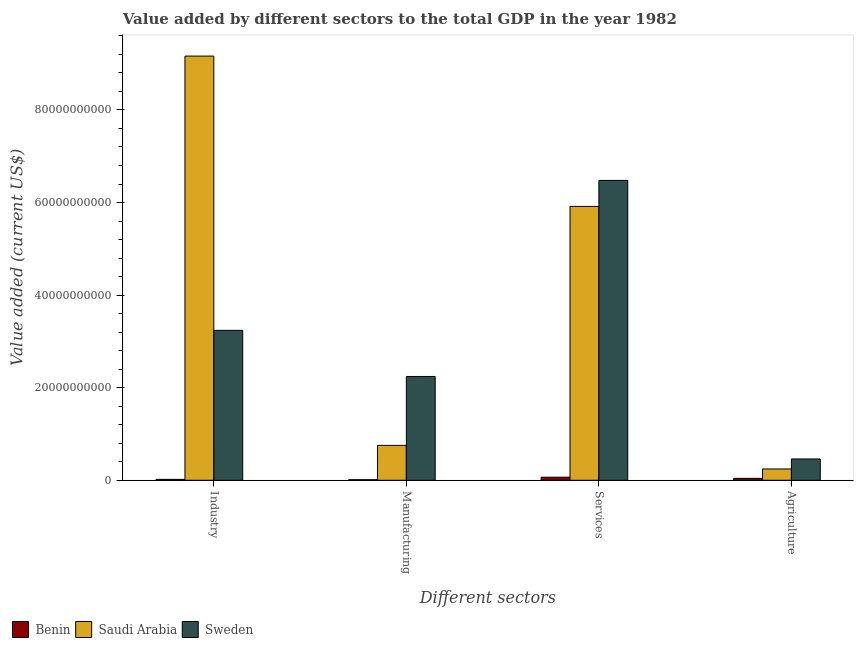
| Different sectors | Benin | Saudi Arabia | Sweden |
 | --- | --- | --- | --- |
 | Industry | 1.92e+08 | 9.16e+10 | 3.24e+10 |
 | Manufacturing | 1.15e+08 | 7.54e+09 | 2.24e+10 |
 | Services | 6.64e+08 | 5.92e+10 | 6.48e+10 |
 | Agriculture | 4.12e+08 | 2.44e+09 | 4.6e+09 |